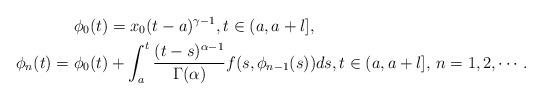
LaTeX: \begin{align*} \phi_0(t)&=x_0(t-a)^{\gamma-1},t\in(a,a+l], \\ \phi_n(t)=\phi_0(t)&+\int_{a}^{t}\frac{(t-s)^{\alpha-1}}{\Gamma(\alpha)}f(s,\phi_{n-1}(s))ds,t\in(a,a+l],\, n=1,2,\cdots.\end{align*}